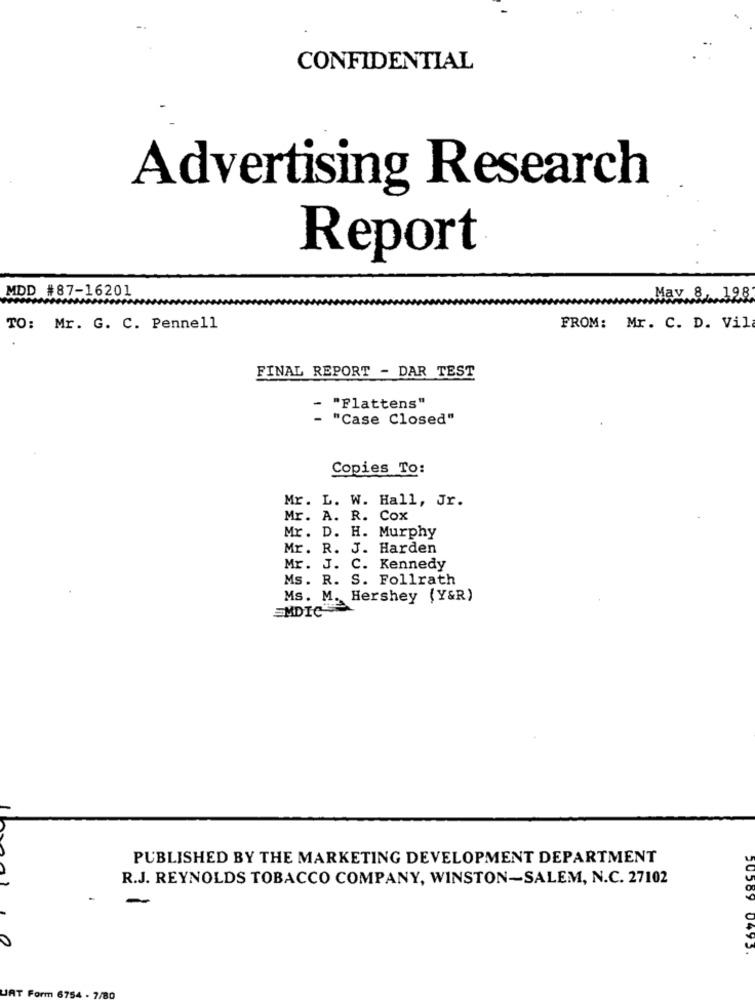
CONFIDENTIAL
Advertising Research
Report
MDD #87-16201
May 8, 198
TO: Mr. G. C. Pennell
FROM: Mr. C. D. Vil
FINAL REPORT - DAR TEST
"Flattens"
"Case Closed"
Copies To:
Mr. L. W. Hall, Jr.
Mr. A. R. Cox
Mr. D. H. Murphy
Mr. R. J. Harden
Mr. J. C. Kennedy
Ms. R. S. Follrath
Ms. M. Hershey (Y&R)
EMDIC
PUBLISHED BY THE MARKETING DEVELOPMENT DEPARTMENT
R.J. REYNOLDS TOBACCO COMPANY, WINSTON-SALEM, N.C. 27102
0
0495.
JAT Form